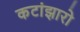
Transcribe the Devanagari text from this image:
कटांझारो